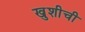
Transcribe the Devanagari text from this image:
खुशीची